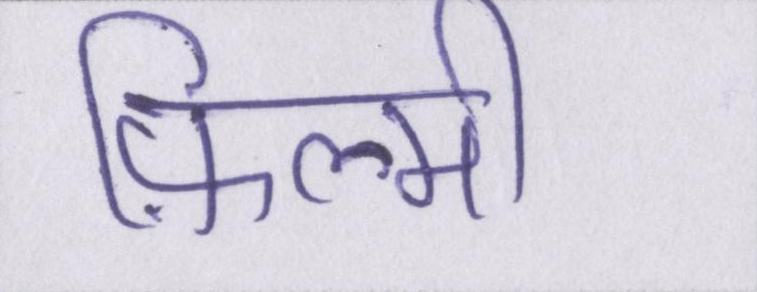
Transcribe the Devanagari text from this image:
फ़िल्मी